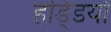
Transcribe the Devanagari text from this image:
हडि्‍डयों